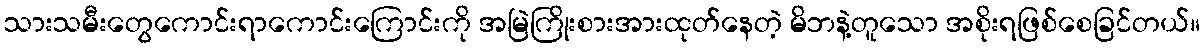
သားသမီးတွေကောင်းရာကောင်းကြောင်းကို အမြဲကြိုးစားအားထုတ်နေတဲ့ မိဘနဲ့တူသော အစိုးရဖြစ်စေခြင်တယ်။